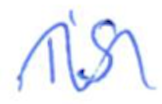
Text: is
Cross-out: wave
Writing tool: ballpoint